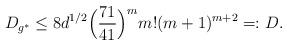
LaTeX: \begin{align*}D_{g^*} \leq 8d^{1/2}\Bigl(\frac{71}{41}\Bigr)^{m}m!(m+1)^{m+2} =:D.\end{align*}